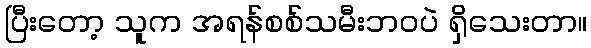
ပြီးတော့ သူက အရန်စစ်သမီးဘဝပဲ ရှိသေးတာ။